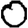
Digit: 0